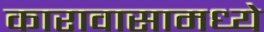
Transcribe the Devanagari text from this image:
कारावासामध्ये